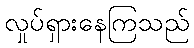
လှုပ်ရှားနေကြသည်